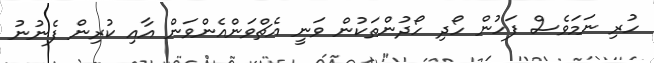
ހުރި ނަމަވެސް ފަހުން ހޯދި ހޯދުންތަކުން ވަނީ އެޗްވަންއެންވަން އާއި ކުރިން ފެނުނު